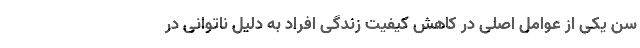
سن یکی از عوامل اصلی در کاهش کیفیت زندگی افراد به دلیل ناتوانی در